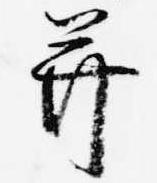
并